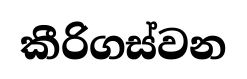
කීරිගස්වන